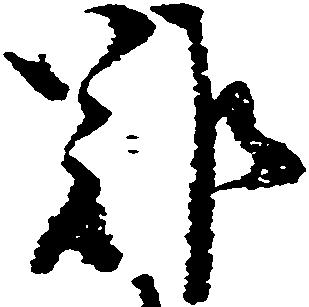
難